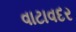
વાટાવદર